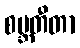
စဗ္ဘတီတာ